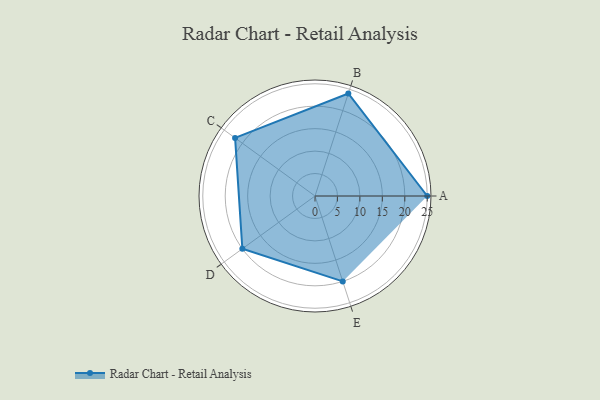
{"axis": {"x": "Skill", "y": "Score"}, "legend": ["Profile"], "data": [{"x": "A", "y": 25.0, "type": "Profile"}, {"x": "B", "y": 24.0, "type": "Profile"}, {"x": "C", "y": 22.0, "type": "Profile"}, {"x": "D", "y": 20, "type": "Profile"}, {"x": "E", "y": 20, "type": "Profile"}]}